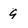
Character: 9